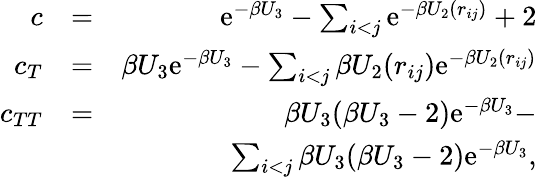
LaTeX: \begin{array}{rlr}{c}&{=}&{\mathrm{e}^{-\beta U_{3}}-\sum_{i<j}\mathrm{e}^{-\beta U_{2}(r_{ij})}+2}\\ {c_{T}}&{=}&{\beta U_{3}\mathrm{e}^{-\beta U_{3}}-\sum_{i<j}\beta U_{2}(r_{ij})\mathrm{e}^{-\beta U_{2}(r_{ij})}}\\ {c_{TT}}&{=}&{\beta U_{3}(\beta U_{3}-2)\mathrm{e}^{-\beta U_{3}}-}\\ &{}&{\sum_{i<j}\beta U_{3}(\beta U_{3}-2)\mathrm{e}^{-\beta U_{3}},}\end{array}